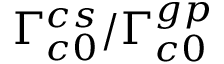
\Gamma _ { c 0 } ^ { c s } / \Gamma _ { c 0 } ^ { g p }